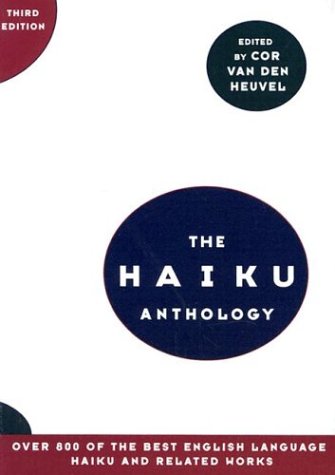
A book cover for The Haiku Anthology (Third Edition); Literature & Fiction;